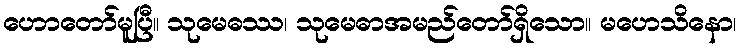
ဟောတော်မူပြီ။ သုမေဓဿ၊ သုမေဓာအမည်တော်ရှိသော။ မဟေသိနော၊